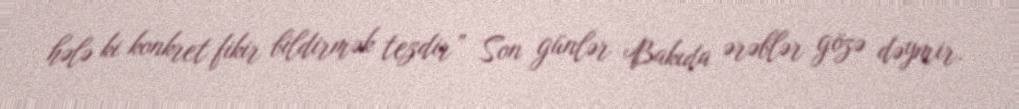
hələ ki konkret fikir bildirmək tezdir” Son günlər Bakıda ərəblər gözə dəymir.